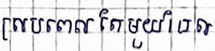
ស្របពេលតែមួយដែល